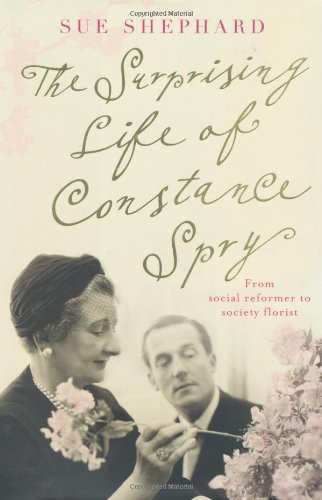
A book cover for The Surprising Life of Constance Spry; Sue Shephard; Crafts, Hobbies & Home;